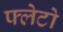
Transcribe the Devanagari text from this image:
फ्लेटो